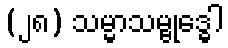
(၂၈) သမ္မာသမ္ဗုဒ္ဓေါ